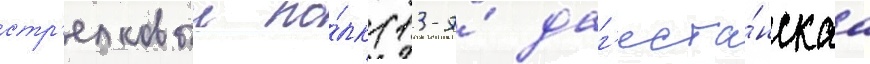
стр'елковыи по́лк (13-я́ даг'еста́нскаа